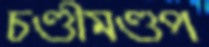
চণ্ডীমণ্ডপ